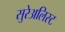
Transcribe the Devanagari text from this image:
सुरेअलिस्ट